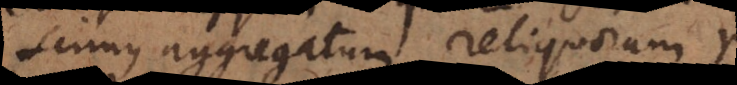
scimus aggregatum reliquorum